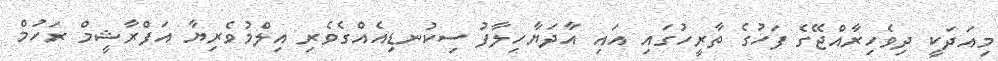
މިއަދަކީ ދިވެހިރާއްޖޭގެ ފަހުގެ ތާރީހުގައި އައި އާދަޔާހިލާފު ސިކުނޑިއެއްގެވެރި އިލްމުވެރިޔާ އަފްރާޝީމް ރަހުމް